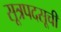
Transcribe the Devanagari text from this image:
सूत्रपदसूची